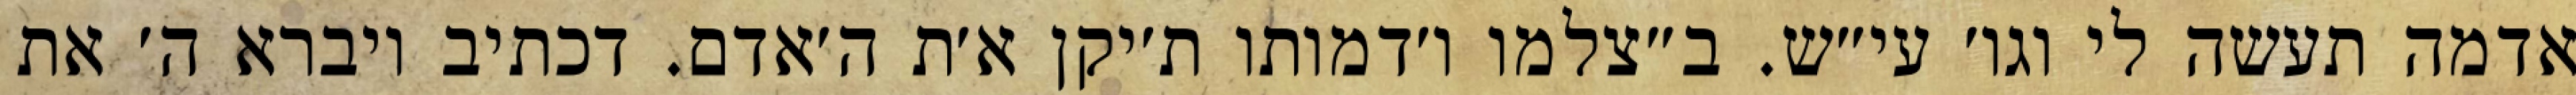
אדמה תעשה לי וגו׳ עי״ש. ב״צלמו ו׳דמותו ת׳יקן א׳ת ה׳אדם. דכתיב ויברא ה׳ את